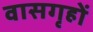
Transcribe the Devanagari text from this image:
वासगृहों